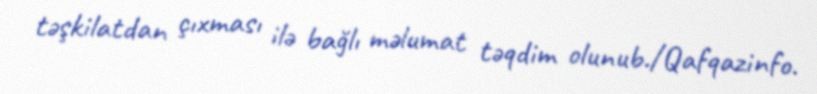
təşkilatdan çıxması ilə bağlı məlumat təqdim olunub./Qafqazinfo.